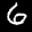
Label: 6